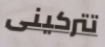
تتركينى